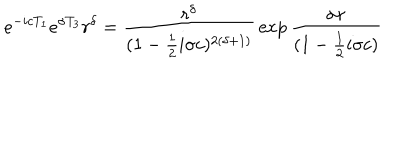
LaTeX: e ^ { - i c T _ { 1 } } e ^ { \sigma T _ { 3 } } r ^ { \delta } = { \frac { r ^ { \delta } } { ( 1 - { \frac { 1 } { 2 } } i \sigma c ) ^ { 2 ( \delta + 1 ) } } } \exp { { \frac { \sigma r } { ( 1 - { \frac { 1 } { 2 } } i \sigma c ) } } }